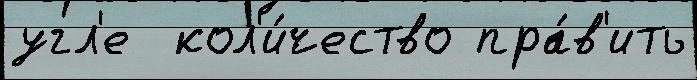
угл'е  кол'и́чество пра́в'ить